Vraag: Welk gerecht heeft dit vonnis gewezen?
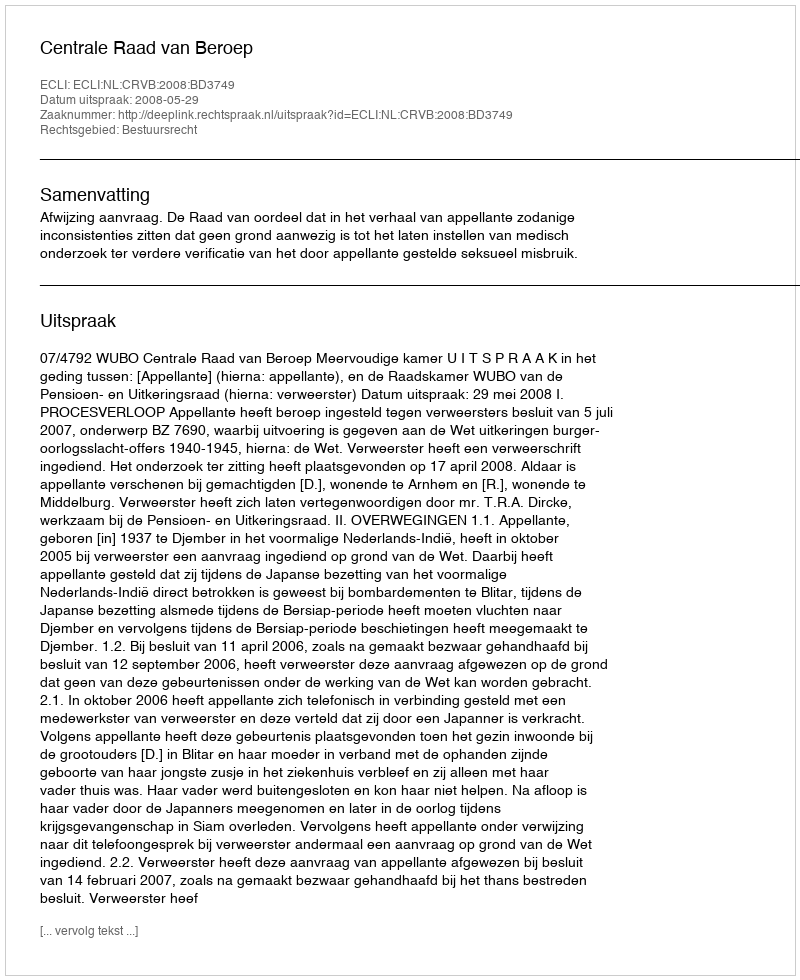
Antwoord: Centrale Raad van Beroep